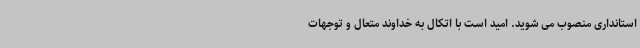
استانداری منصوب می شوید. امید است با اتکال به خداوند متعال و توجهات